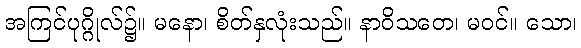
အကြင်ပုဂ္ဂိုလ်၌။ မနော၊ စိတ်နှလုံးသည်။ နာဝိသတေ၊ မဝင်။ သော၊